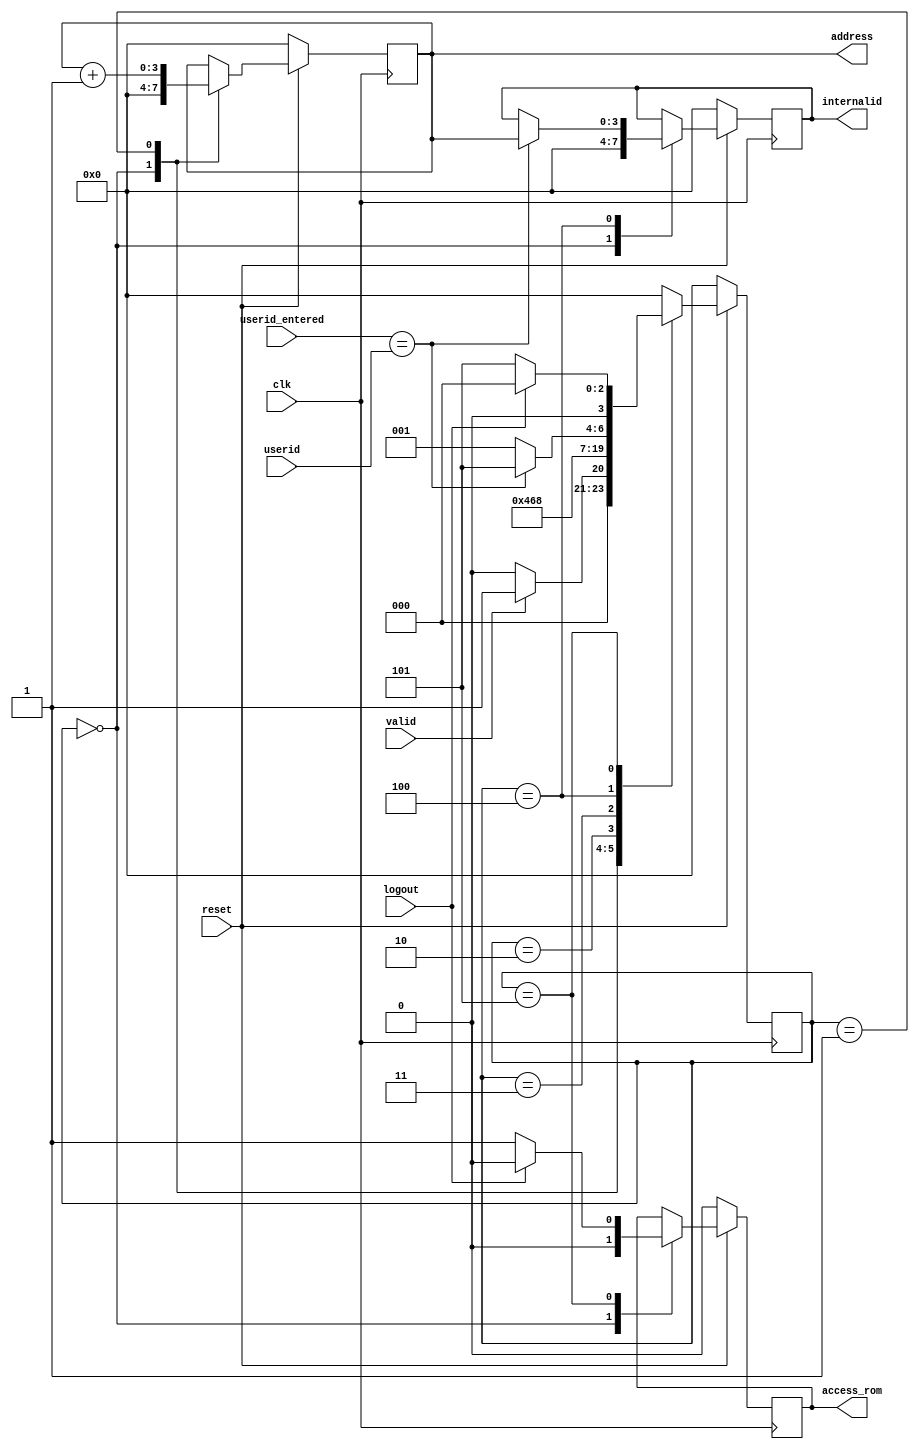
module rom_userid(clk, reset, userid_entered, address, internalid, userid, valid, access_rom, logout);
input clk, reset, logout, valid;
input [15:0] userid_entered, userid;
output access_rom;
reg access_rom;
output [3:0] internalid, address;
reg [3:0] internalid, address;
reg [3:0] state;
parameter INIT=0, ROM_ADDR=1, DELAY1=2, DELAY2=3, COMPARE=4, ROM_READ=5;
always@(posedge clk) begin

     if(reset==0)begin
	address<=4'b0000;
	access_rom<=0;
	state<=INIT;
        internalid<=4'b 0000;
	
     end

     else begin
	case(state)

	   INIT: begin
		address<=4'b0000;
                access_rom<=0;
                internalid<=4'b0000;
		if(valid==1)
               begin
		    state<=ROM_ADDR;
		end
		
		else begin
		    state<=INIT;
		end
	   end

	   ROM_ADDR:
           begin
		address <= address+4'b 0001;
		
		state<=DELAY1;
	   end

	   DELAY1: 
            begin
		state<=DELAY2;
	   end

	   DELAY2: 
           begin
		state<=COMPARE;
	   end
          COMPARE:
          begin
              if(userid_entered==userid)
                begin
                internalid<=address;
                state<=ROM_READ;
                end
              else
                 begin
                 state<=ROM_ADDR;
                 end
           end
	   ROM_READ:
           begin
	       if(logout==1)
                 begin
                 access_rom<=0;
                 state<=INIT;
                 end
               else
                  begin
                  access_rom<=1;
                  state<=ROM_READ;
                  end
	   end

	   default: 
           begin
		state<=INIT;
	   end
 	endcase
    end

  end
endmodule